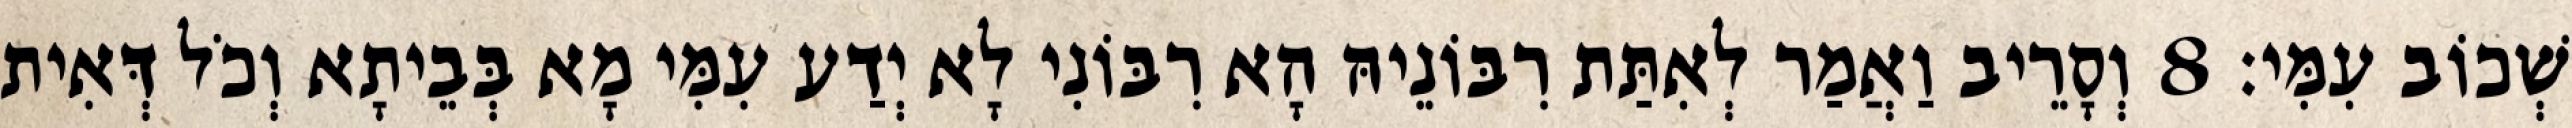
שְׁכוֹב עִמִּי׃ 8 וְסָרֵיב וַאֲמַר לְאִתַּת רִבּוֹנֵיהּ הָא רִבּוֹנִי לָא יְדַע עִמִּי מָא בְּבֵיתָא וְכֹל דְּאִית